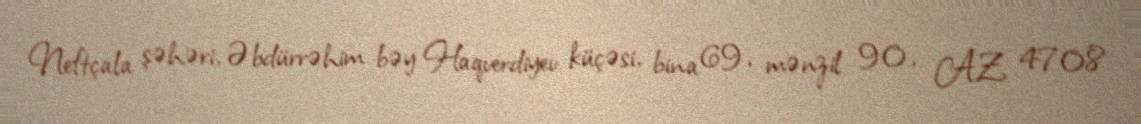
Neftçala şəhəri, Əbdürrəhim bəy Haqverdiyev küçəsi, bina 69, mənzil 90, AZ 4708